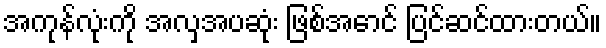
အကုန်လုံးကို အလှအပဆုံး ဖြစ်အောင် ပြင်ဆင်ထားတယ်။